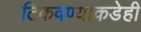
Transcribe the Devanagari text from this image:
टिकवण्याकडेही